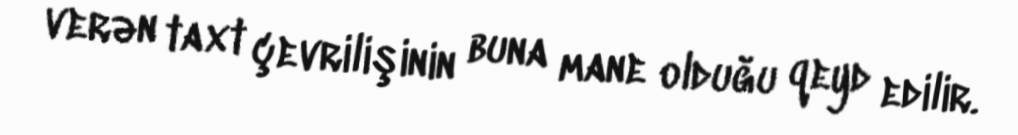
verən taxt çevrilişinin buna mane olduğu qeyd edilir.